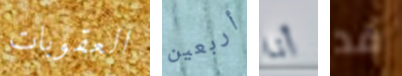
العقوبات أربعين أنا قد